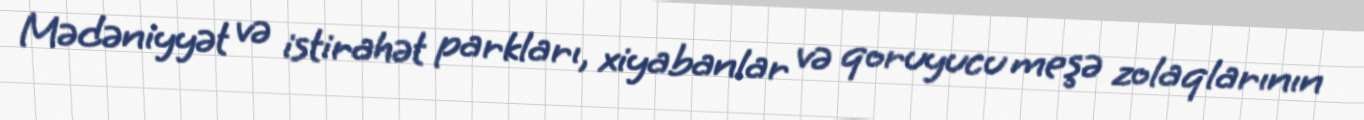
Mədəniyyət və istirahət parkları, xiyabanlar və qoruyucu meşə zolaqlarının